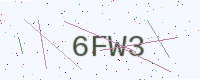
Text: 6FW3